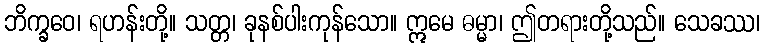
ဘိက္ခဝေ၊ ရဟန်းတို့။ သတ္တ၊ ခုနစ်ပါးကုန်သော။ ဣမေ ဓမ္မာ၊ ဤတရားတို့သည်။ သေခဿ၊